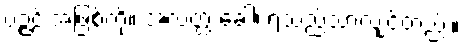
ပဉ္ဇင်းအဖြစ်ကို။ အလတ္ထ ခေါ၊ ရသည်သာလျှင်တည်း။